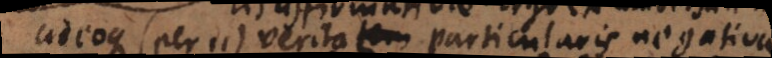
adeoque (per 11) veritas particularis negativae.